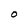
Character: O